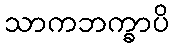
သာကဘက္ခာပိ